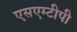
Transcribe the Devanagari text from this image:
एसएम्टीपी